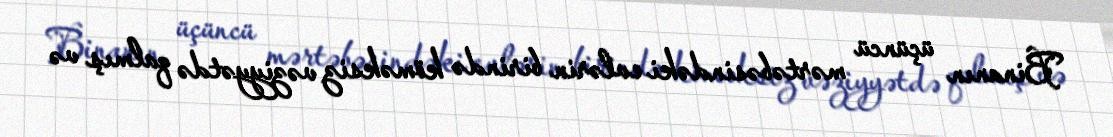
Binanın üçüncü mərtəbəsindəki evlərin birində köməksiz vəziyyətdə qalmış və